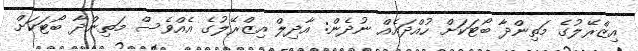
އިޒްރޭލުގެ މަތިންދާ ބޯޓަކަށް ހުއްދައެއް ނުދެން: އާދިލް އިޒްރޭލުގެ އެއްވެސް މަތިންދާ ބޯޓަކަށް